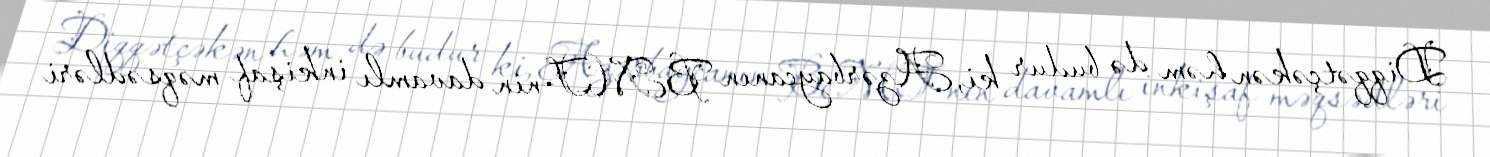
Diqqətçəkən həm də budur ki, Azərbaycanın BMT-nin davamlı inkişaf məqsədləri